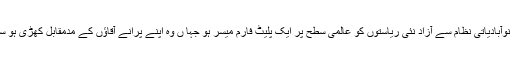
تاکہ نوآبادیاتی نظام سے آزاد نئی ریاستوں کو عالمی سطح پر ایک پلیٹ فارم میسر ہو جہا ں وہ اپنے پرانے آقاؤں کے مدمقابل کھڑی ہو سکیں۔